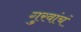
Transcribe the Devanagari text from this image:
गुरवांचं